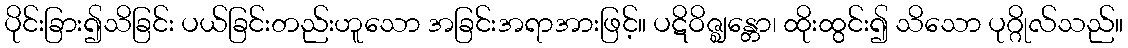
ပိုင်းခြား၍သိခြင်း ပယ်ခြင်းတည်းဟူသော အခြင်းအရာအားဖြင့်။ ပဋိဝိဇ္ဈန္တော၊ ထိုးထွင်း၍ သိသော ပုဂ္ဂိုလ်သည်။